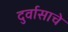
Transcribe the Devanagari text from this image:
दुर्वासाचे